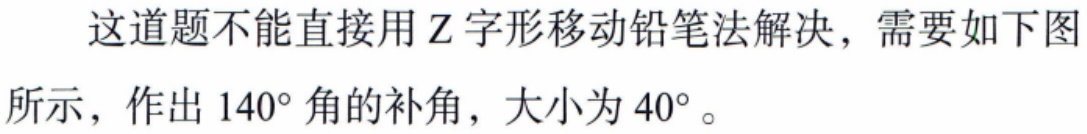
这道题不能直接用Z字形移动铅笔法解决，需要如下图所示，作出 \(140^{\circ}\) 角的补角，大小为 \(40^{\circ}\)。